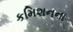
કમિશનના